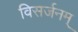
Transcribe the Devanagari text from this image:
विसर्जनम्